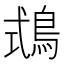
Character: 𪀦